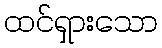
ထင်ရှားသော